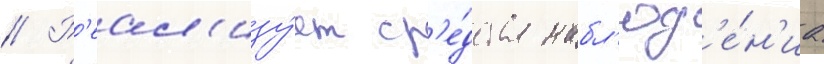
// Р'еал'изу́ет ср'е́дства набл'юд'е́н'иа